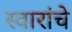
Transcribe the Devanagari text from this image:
स्वारांचे